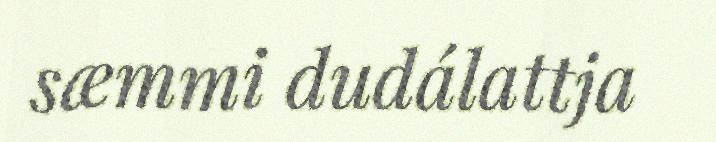
sæmmi dudálattja